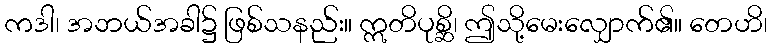
ကဒါ၊ အဘယ်အခါ၌ ဖြစ်သနည်း။ ဣတိပုစ္ဆိ၊ ဤသို့မေးလျှောက်၏။ တေဟိ၊